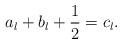
LaTeX: \begin{align*}a_l + b_l +{1\over 2} = c_l.\end{align*}